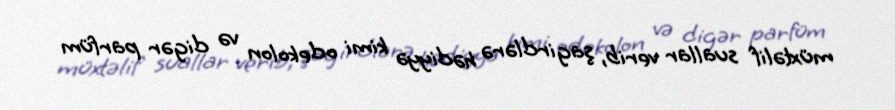
müxtəlif suallar verib, şagirdlərə hədiyyə kimi odekolon və digər parfüm